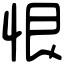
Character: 恨